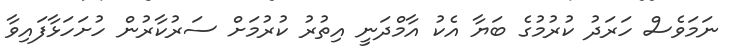
ނަމަވެސް ހަރަދު ކުރުމުގެ ބަޔާ އެކު އާމްދަނީ އިތުރު ކުރުމަށް ސަރުކާރުން ހުށަހަޅާފައިވާ